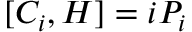
[ C _ { i } , H ] = i P _ { i } \,